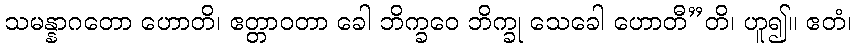
သမန္နာဂတော ဟောတိ၊ ဧတ္တာဝတာ ခေါ ဘိက္ခဝေ ဘိက္ခု သေခေါ ဟောတီ”တိ၊ ဟူ၍။ ဧတံ၊